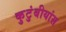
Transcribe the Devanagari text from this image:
कुटुंबीयांस